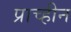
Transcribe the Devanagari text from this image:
प्राच्हीन